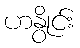
ဟနွိုင်း